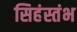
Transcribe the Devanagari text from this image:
सिहंस्तंभ